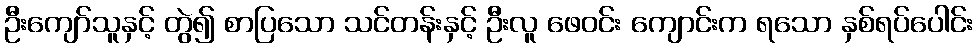
ဦးကျော်သူနှင့် တွဲ၍ စာပြသော သင်တန်းနှင့် ဦးလူ ဖေဝင်း ကျောင်းက ရသော နှစ်ရပ်ပေါင်း